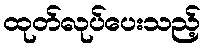
ထုတ်လုပ်ပေးသည့်